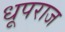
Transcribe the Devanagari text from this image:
धूपराज